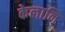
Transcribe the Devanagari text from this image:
केलानि